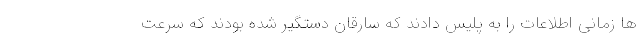
ها زمانی اطلاعات را به پلیس دادند که سارقان دستگیر شده بودند که سرعت